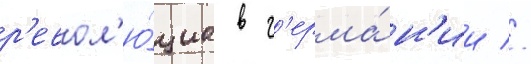
р'евол'ю́циа в г'ерма́н'ии //